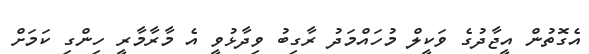
އެގޮތުން އީޖާދުގެ ވަކީލް މުހައްމަދު ރާގިބު ވިދާޅުވީ އެ މާރާމާރީ ހިންގި ކަމަށް